Report of the Indian Hemp Drugs Commission, 1894-1895 - Volume II
Year: 1894
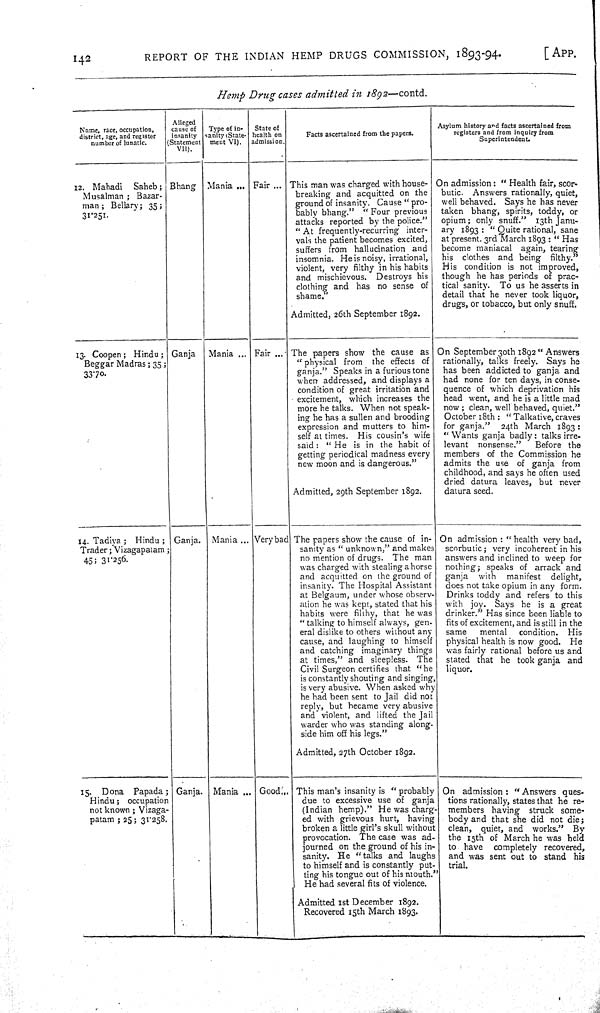
142
REPORT OF THE
INDIAN
HEMP DRUGS COMMISSION,
1893-94.
[APP.
Hemp
Drug
cases
admitted
in
1892—contd.
Name, race, occupation,
district, age, and register
number of lunatic.
Alleged
cause of
insanity
(Statement
VII).
Type of in-
sanity (State-
ment VI).
State of
health on
admission.
Facts ascertained from the papers.
Asylum history and facts ascertained from
registers and from inquiry from
Superintendent.
12. Mahadi
Saheb;
Musalman; Bazar-
man; Bellary; 35;
31.251.
Bhang
Mania
Fair
This man was charged with house-
breaking and acquitted on the
ground of insanity. Cause "pro-
bably bhang."
"Four previous
attacks reported by the police."
"At frequently-recurring
inter-
vals the patient becomes excited,
suffers from hallucination and
insomnia. He is noisy, irrational,
violent, very filthy in his habits
and mischievous.
Destroys his
clothing and has no sense of
shame."
Admitted, 26th September 1892.
On admission: "Health fair, scor-
butic.
Answers rationally, quiet,
well behaved. Says he has never
taken bhang, spirits, toddy, or
opium; only snuff."
13th Janu-
ary 1893: "Quite rational, sane
at present. 3rd March 1893: "Has
become maniacal
again, tearing
his
clothes and being filthy."
His condition is not improved,
though he has periods of prac-
tical sanity.
To us he asserts in
detail that he never took liquor,
drugs, or tobacco, but only snuff.
13. Coopen;
Hindu;
Beggar Madras; 35;
33.70.
Ganja
Mania
Fair
The papers show the cause as
"physical from
the effects of
ganja." Speaks in a furious tone
when addressed, and displays a
condition of great irritation and
excitement, which increases the
more he talks. When not speak-
ing he has a sullen and brooding
expression and mutters to him-
self at times.
His cousin's wife
said: "He
is in the habit of
getting periodical madness every
new moon and is dangerous."
Admitted, 29th September 1892.
On September 30th 1892 "Answers
rationally, talks freely. Says he
has been addicted to ganja and
had none for ten days, in conse-
quence of which deprivation his
head went, and he is a little mad
now; clean, well behaved, quiet."
October 18th: "Talkative, craves
for ganja."
24th March 1893:
"Wants ganja badly: talks irre-
levant
nonsense."
Before the
members of the Commission he
admits the use of ganja
from
childhood, and says he often used
dried datura leaves, but never
datura seed.
14. Tadiya;
Hindu;
Trader; Vizagapatam;
45; 31.256.
Ganja.
Mania
Very bad The papers show the cause of
in-
sanity as "unknown," and makes
no mention of drugs.
The man
was charged with stealing a horse
and acquitted on the ground of
insanity. The Hospital Assistant
at Belgaum, under whose observ-
ation he was kept, stated that his
habits were filthy, that he was
"talking to himself always, gen-
eral dislike to others without any
cause, and laughing to himself
and catching imaginary things
at times," and sleepless.
The
Civil Surgeon certifies that "he
is constantly shouting and singing,
is very abusive. When asked why
he had been sent to Jail did not
reply, but became very abusive
and violent, and lifted the Jail
warder who was standing along-
side him off his legs."
Admitted, 27th October 1892.
On admission: "health very bad,
scorbutic; very incoherent in his
answers and inclined to weep for
nothing; speaks of arrack and
ganja
with
manifest
delight,
does not take opium in any form.
Drinks toddy and refers to this
with joy.
Says he is a great
drinker." Has since been liable to
fits of excitement, and is still in the
same
mental
condition.
His
physical health is now good.
He
was fairly rational before us and
stated that he took ganja
and
liquor.
15.
Dona
Papada;
Hindu;
occupation
not known; Vizaga-
patam; 25; 31.258.
Ganja.
Mania
Good
This man's insanity is "probably
due to excessive use of
ganja
(Indian hemp)." He was charg-
ed with grievous hurt,
having
broken a little girl's skull without
provocation. The case was
ad-
journed on the ground of his in-
sanity. He "talks and laughs
to himself and is constantly put-
ting his tongue out of his mouth."
He had several fits of violence.
Admitted 1st December 1892.
Recovered 15th March 1893.
On admission: "Answers ques-
tions rationally, states that he re-
members having
struck some-
body and that she did not die;
clean,
quiet, and
works."
By
the 15th of March he was held
to have
completely recovered,
and was sent out to stand his
trial.